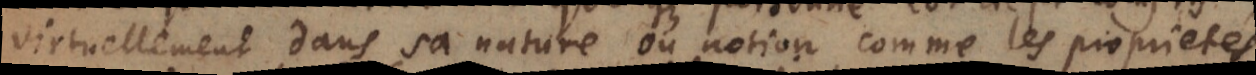
virtuellement dans sa nature ou notion, comme les proprietés